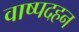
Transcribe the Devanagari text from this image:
वाष्पदहन